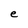
Character: e